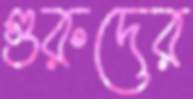
গুরুদের